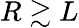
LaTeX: R\gtrsim L